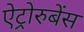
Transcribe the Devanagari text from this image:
ऐट्रोरुबेंस